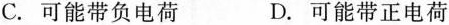
C.可能带负电荷 D.可能带正电荷